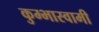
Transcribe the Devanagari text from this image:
कुम्भास्वामी